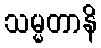
သမ္မတာနိ